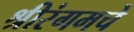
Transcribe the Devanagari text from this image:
श्रीरंगमचे